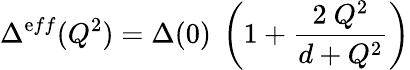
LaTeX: \Delta^{\mathrm{e}ff}(Q^{2})=\Delta(0)~\left(1+\frac{{2~Q^{2}}}{{d+Q^{2}}}\right)